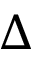
\Delta